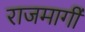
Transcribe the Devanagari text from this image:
राजमार्गीं